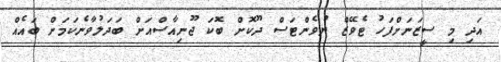
އަދި މި ސީޒަނަށްފަހު ޓެވޭޒް ޔުވެންޓަސް ދޫކޮށް ބޮކަ ޖޫނިއާސްއަށް ބަދަލުވާނެކަމަށް ބައެއް